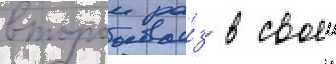
второи ра́з в своеи